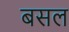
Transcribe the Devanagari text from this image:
बसल